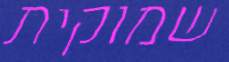
שמוקית